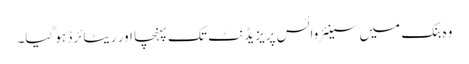
وہ بنک میں سینئر وائس پریزیڈنٹ تک پہنچا اور ریٹائرڈ ہو گیا۔